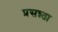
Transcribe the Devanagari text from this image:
प्रसन्न्ता